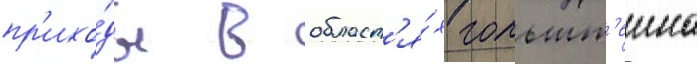
пр'ихо́ды в област'я́х гольшт'еина